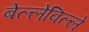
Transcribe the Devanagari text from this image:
बेल्लेविल्ले